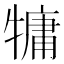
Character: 𤛑